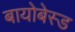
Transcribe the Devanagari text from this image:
बायोबेस्ड